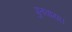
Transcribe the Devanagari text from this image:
पुतवाया।